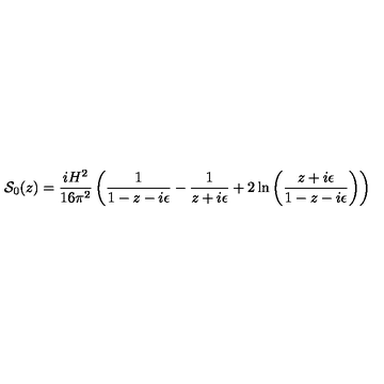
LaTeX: { \cal { S } } _ { 0 } ( z ) = \frac { i H ^ { 2 } } { 1 6 \pi ^ { 2 } } \left( \frac { 1 } { 1 - z - i \epsilon } - \frac { 1 } { z + i \epsilon } + 2 \ln \left( \frac { z + i \epsilon } { 1 - z - i \epsilon } \right) \right)